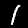
Label: 1